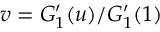
v = G _ { 1 } ^ { \prime } ( u ) / G _ { 1 } ^ { \prime } ( 1 )